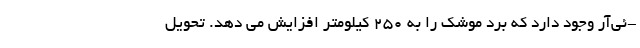
-ئی‌آر وجود دارد که برد موشک را به 250 کیلومتر افزایش می دهد. تحویل